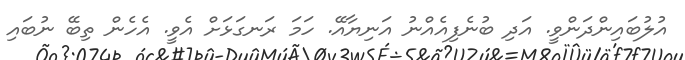
އުލުބައިންދަންވީ. އަދި ބުނެފިއެއްނު އަނިޔާއޭ. ހަމަ ރަނގަޅަށް އެވީ. އެހެން ތިބޭ ނުބައި